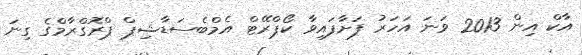
އާކް އިން 2013 ވަނަ އަހަރު ފަށާފައިވާ ކޯޕްރޭޓް އެމްބެސަޑާޝިޕް ޕްރޮގްރާމްގެ ގިނަ